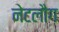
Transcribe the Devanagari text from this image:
नेटलौग